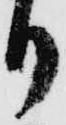
り